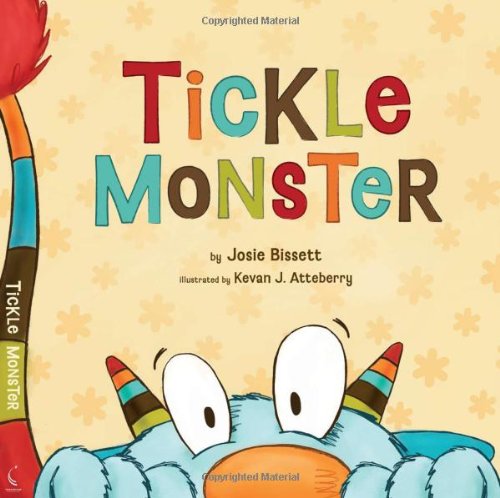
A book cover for Tickle Monster; Josie Bissett; Children's Books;